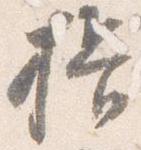
揖